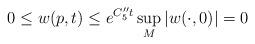
LaTeX: \begin{align*}0 \leq w(p, t) \leq e^{C_5'' t} \sup_M |w (\cdot, 0)| =0\end{align*}